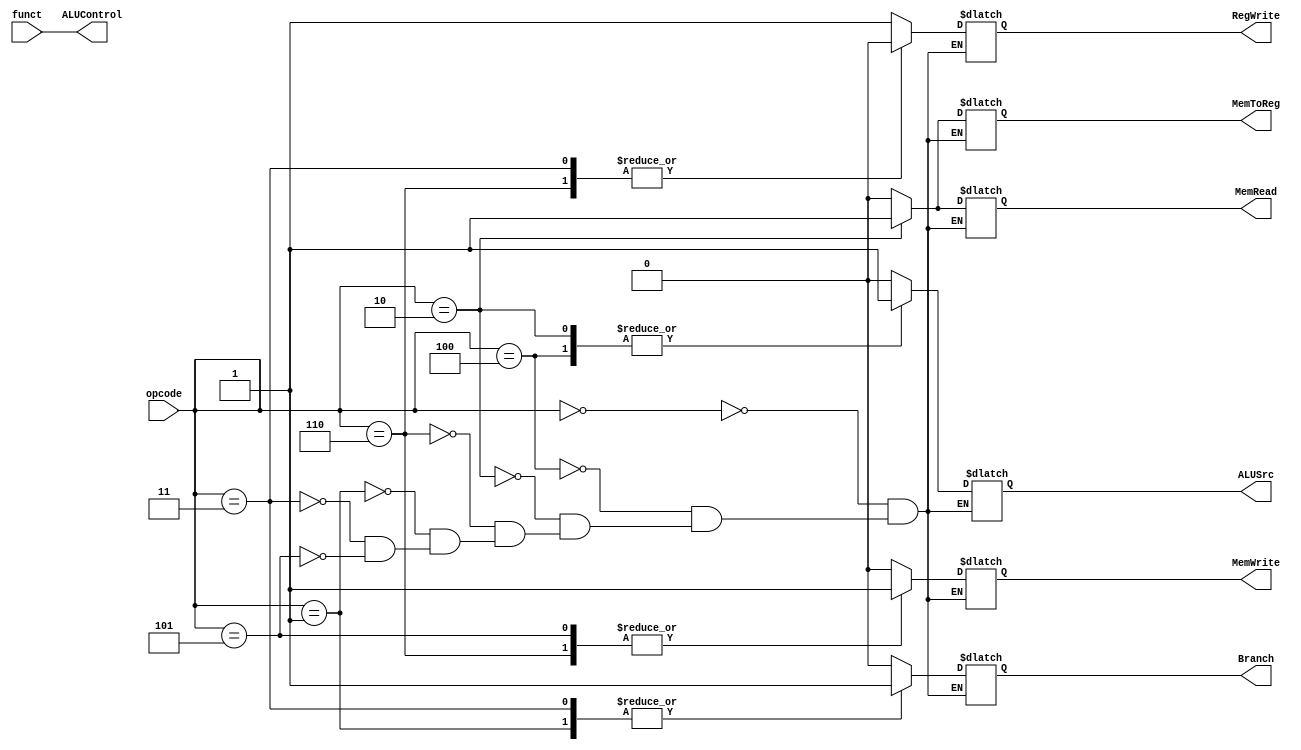
module Controller(opcode, funct, ALUSrc, MemWrite, MemRead, Branch, MemToReg, RegWrite, ALUControl);
	input[2:0] opcode, funct;
	output reg ALUSrc, MemWrite, MemRead, Branch, MemToReg, RegWrite;
	output reg[2:0] ALUControl;
	always@(*) begin
		ALUControl <= funct;
		case(opcode)
		3'b000: begin	//group1
			ALUSrc <= 0;	//pop two register
			//RegDst <= 1;	//push in stack
      			MemWrite <= 0;
      			MemRead <= 0;
      			Branch <= 0;
      			MemToReg <= 0;   
			RegWrite <= 1;
		end
		3'b100: begin		//group2
 			ALUSrc <= 1;	//pop one register
 		      //  RegDst <= 1;
      			MemWrite <= 0;
      			MemRead <= 0;
      			Branch <= 0;
      			MemToReg <= 0;
      			RegWrite <= 1;
		end
		3'b010: begin		//group3. push
 			ALUSrc <= 1;	//pop one register
 		       // RegDst <= 1;
      			MemWrite <= 0;
      			MemRead <= 1;
      			Branch <= 0;
      			MemToReg <= 1;
      			RegWrite <= 1;
		end
		3'b110: begin		//group4. pop
 			ALUSrc <= 0;	//pop two register
 		       // RegDst <= 1;
      			MemWrite <= 1;
      			MemRead <= 0;
      			Branch <= 0;
      			MemToReg <= 0;
      			RegWrite <= 0;
		end
		3'b001: begin		//group5. eq, gt, leq
 			ALUSrc <= 0;	//pop two register
 		       // RegDst <= 1;
      			MemWrite <= 0;
      			MemRead <= 0;
      			Branch <= 1;
      			MemToReg <= 0;
      			RegWrite <= 1;
		end
		3'b011:begin		//group6. branch_zero, branch_nzero
 			ALUSrc <= 0;	//pop two register
 		       // RegDst <= 1;
      			MemWrite <= 0;
      			MemRead <= 0;
      			Branch <= 1;
      			MemToReg <= 0;
      			RegWrite <= 0;
		end
		//group7 and group 8 not perfect bit yet.

		3'b101:begin		//group7. push_pc
 			ALUSrc <= 0;	//pop two register
 		       // RegDst <= 1;
      			MemWrite <= 1;
      			MemRead <= 0;
      			Branch <= 0;
      			MemToReg <= 0;
      			RegWrite <= 1;
		end
		3'b110:begin		//group8. pop_pc
 			ALUSrc <= 1;	//pop one register
 		       // RegDst <= 1;
      			MemWrite <= 0;
      			MemRead <= 0;
      			Branch <= 0;
      			MemToReg <= 0;
      			RegWrite <= 0;		
		end
		endcase
			
	end
endmodule